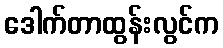
ဒေါက်တာထွန်းလွင်က